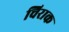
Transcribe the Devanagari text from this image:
चिराक